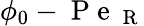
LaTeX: \phi_{0}-\mathrm{~P~e~}_{\mathrm{~R~}}